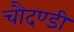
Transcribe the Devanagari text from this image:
चौदण्डी